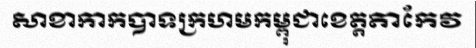
សាខាកាកបាទក្រហមកម្ពុជាខេត្តតាកែវ